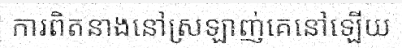
ការពិតនាងនៅស្រឡាញ់គេនៅឡើយ